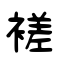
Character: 褨